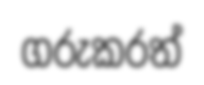
ගරුකරත්